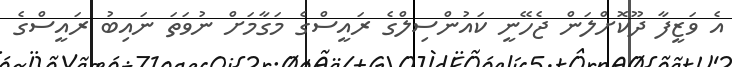
އެ ވަޒީފާ ދޫކޮށްލަން ޖެހޭނީ ކައުންސިލްގެ ރައީސްގެ މަގާމަށް ނުވަތަ ނައިބު ރައީސްގެ